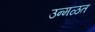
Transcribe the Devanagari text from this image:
उन्मळत